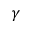
\gamma